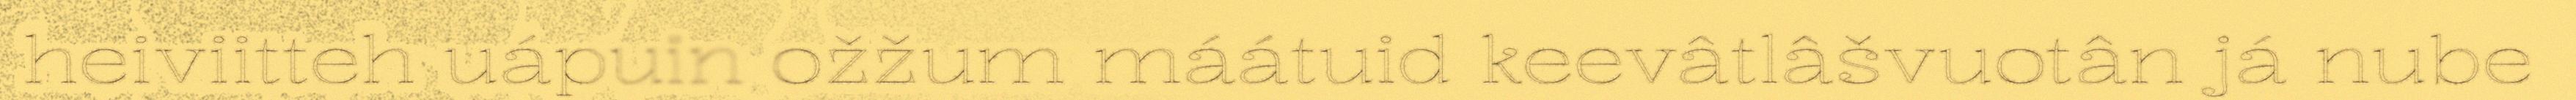
heiviitteh uápuin ožžum máátuid keevâtlâšvuotân já nube